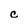
Character: c